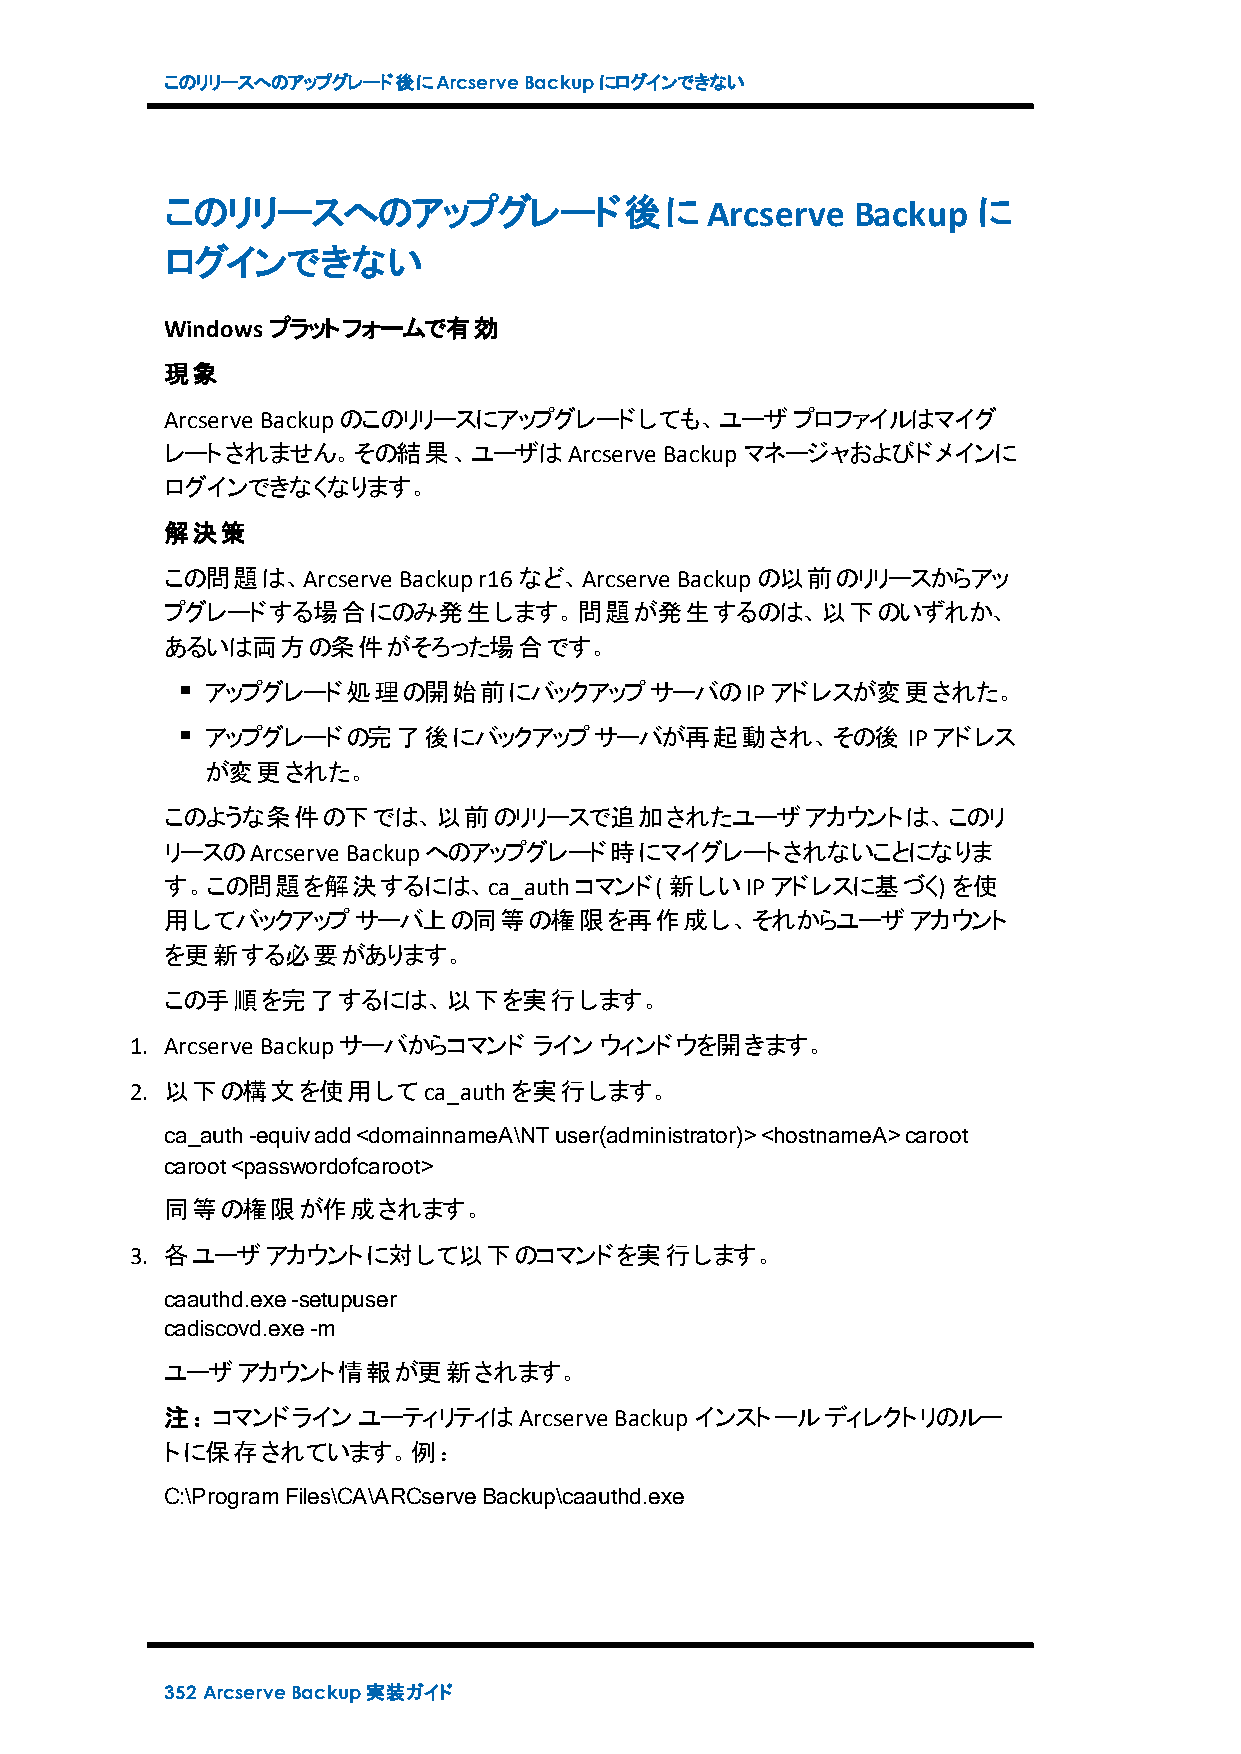
このリリースへのアップグレード後にArcserveBackupにログインできない
 このリリースへのアップグレード後に                   Arcserve Backup   に
 ログインできない
 Windowsプラットフォームで有効
 現象
 Arcserve Backupのこのリリースにアップグレードしても、ユーザプロファイルはマイグ
 レートされません。その結果、ユーザはArcserve       Backupマネージャおよびドメインに
 ログインできなくなります。
 解決策
 この問題は、Arcserve Backupr16など、Arcserve Backupの以前のリリースからアッ
 プグレードする場合にのみ発生します。問題が発生するのは、以下のいずれか、
 あるいは両方の条件がそろった場合です。
 アップグレード処理の開始前にバックアップサーバのIPアドレスが変更された。
 アップグレードの完了後にバックアップサーバが再起動され、その後               IPアドレス
 が変更された。
 このような条件の下では、以前のリリースで追加されたユーザアカウントは、このリ
 リースのArcserve Backupへのアップグレード時にマイグレートされないことになりま
 す。この問題を解決するには、ca_authコマンド(       新しいIPアドレスに基づく)     を使
 用してバックアップサーバ上の同等の権限を再作成し、それからユーザアカウント
 を更新する必要があります。
 この手順を完了するには、以下を実行します。
 1. Arcserve Backupサーバからコマンド ラインウィンドウを開きます。
 2. 以下の構文を使用してca_authを実行します。
 ca_auth-equivadd<domainnameA\NTuser(administrator)><hostnameA>caroot
 caroot<passwordofcaroot>
 同等の権限が作成されます。
 3. 各ユーザアカウントに対して以下のコマンドを実行します。
 caauthd.exe-setupuser
 cadiscovd.exe-m
 ユーザアカウント情報が更新されます。
 注：コマンドラインユーティリティはArcserve     Backupインストールディレクトリのルー
 トに保存されています。例：
 C:\ProgramFiles\CA\ARCserveBackup\caauthd.exe
 352 ArcserveBackup実装ガイド